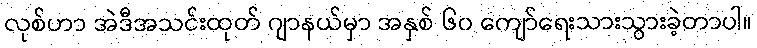
လုစ်ဟာ အဲဒီအသင်းထုတ် ဂျာနယ်မှာ အနှစ် ၆၀ ကျော်ရေးသားသွားခဲ့တာပါ။